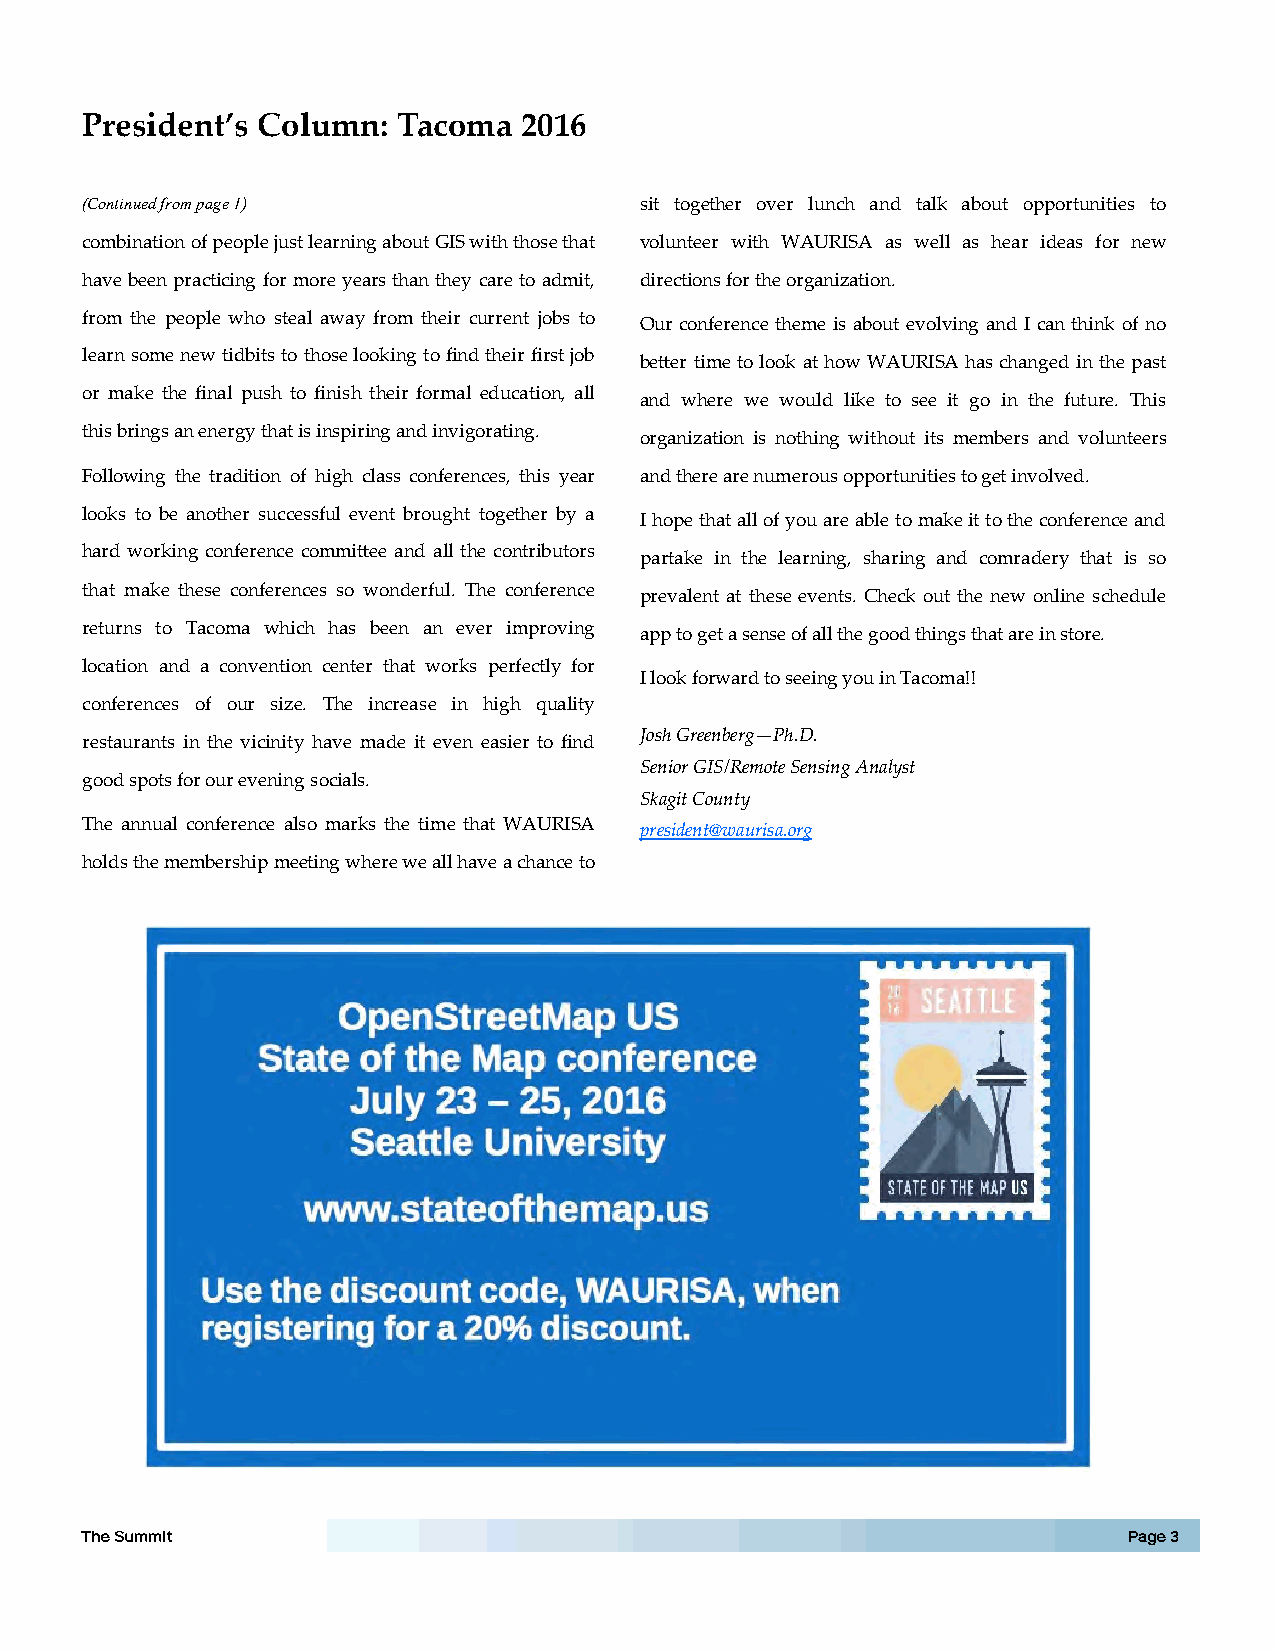
President’s Column:  Tacoma  2016
 (Continued from page 1)              sit together over lunch and talk about opportunities to
 combination of people just learning about GIS with those that volunteer with WAURISA as well as hear ideas for new
 have been practicing for more years than they care to admit, directions for the organization.
 from the people who steal away from their current jobs to Our conference theme is about evolving and I can think of no
 learn some new tidbits to those looking to find their first job
 better time to look at how WAURISA has changed in the past
 or make the final push to finish their formal education, all
 and where we would like to see it go in the future. This
 this brings an energy that is inspiring and invigorating.
 organization is nothing without its members and volunteers
 Following the tradition of high class conferences, this year and there are numerous opportunities to get involved.
 looks to be another successful event brought together by a I hope that all of you are able to make it to the conference and
 hard working conference committee and all the contributors
 partake in the learning, sharing and comradery that is so
 that make these conferences so wonderful. The conference
 prevalent at these events. Check out the new online schedule
 returns to Tacoma which has been an ever improving
 app to get a sense of all the good things that are in store.
 location and a convention center that works perfectly for
 I look forward to seeing you in Tacoma!!
 conferences of our size. The increase in high quality
 Josh Greenberg—Ph.D.
 restaurants in the vicinity have made it even easier to find
 Senior GIS/Remote Sensing Analyst
 good spots for our evening socials.
 Skagit County
 The annual conference also marks the time that WAURISA
 president@waurisa.org
 holds the membership meeting where we all have a chance to
 The Summit                                                            Page 3